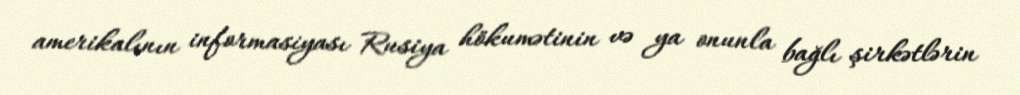
amerikalının informasiyası Rusiya hökumətinin və ya onunla bağlı şirkətlərin